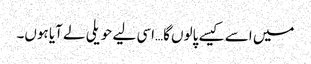
میں اسے کیسے پالوں گا…اسی لیے حویلی لے آیا ہوں۔